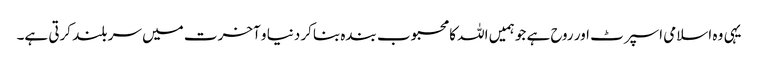
یہی وہ اسلامی اسپرٹ اور روح ہے جو ہمیں اللہ کا محبوب بندہ بناکر دنیا و آخرت میں سر بلند کرتی ہے۔